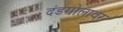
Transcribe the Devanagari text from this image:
दंडगोलावर